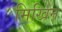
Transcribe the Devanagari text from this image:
मिखिन